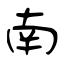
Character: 南